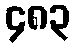
၄၈၃